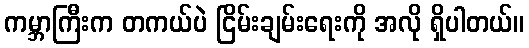
ကမ္ဘာကြီးက တကယ်ပဲ ငြိမ်းချမ်းရေးကို အလို ရှိပါတယ်။